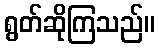
ရွတ်ဆိုကြသည်။